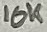
Text: 10K